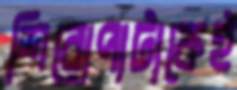
শিরোপাটাকেই